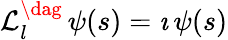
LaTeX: {\cal L}_{l}^{\dag}\, \psi(s)=\imath\, \psi(s)